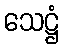
သေဋ္ဌံ